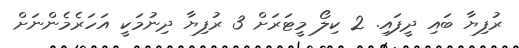
ރުފިޔާ ބައި ދީފައި. 2 ކިލޯ މީޓަރަށް 3 ރުފިޔާ ދިނުމަކީ އަހަރެމެންނަށް